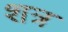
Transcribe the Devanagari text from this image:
शत्र